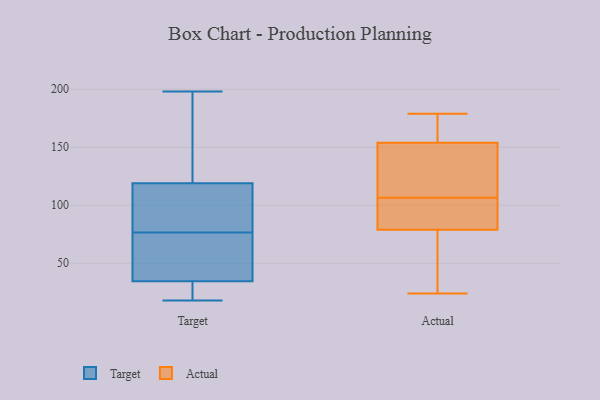
{"axis": {"x": "Operating Costs (USD K)", "y": "Value"}, "legend": ["Actual", "Target"], "data": [{"x": "", "y": 105, "type": "Target"}, {"x": "", "y": 198, "type": "Target"}, {"x": "", "y": 79, "type": "Target"}, {"x": "", "y": 160, "type": "Target"}, {"x": "", "y": 95, "type": "Target"}, {"x": "", "y": 102, "type": "Target"}, {"x": "", "y": 18, "type": "Target"}, {"x": "", "y": 36, "type": "Target"}, {"x": "", "y": 70, "type": "Target"}, {"x": "", "y": 135, "type": "Target"}, {"x": "", "y": 133, "type": "Target"}, {"x": "", "y": 33, "type": "Target"}, {"x": "", "y": 74, "type": "Target"}, {"x": "", "y": 25, "type": "Target"}, {"x": "", "y": 25, "type": "Target"}, {"x": "", "y": 62, "type": "Target"}, {"x": "", "y": 96, "type": "Actual"}, {"x": "", "y": 65, "type": "Actual"}, {"x": "", "y": 80, "type": "Actual"}, {"x": "", "y": 179, "type": "Actual"}, {"x": "", "y": 83, "type": "Actual"}, {"x": "", "y": 117, "type": "Actual"}, {"x": "", "y": 24, "type": "Actual"}, {"x": "", "y": 138, "type": "Actual"}, {"x": "", "y": 176, "type": "Actual"}, {"x": "", "y": 147, "type": "Actual"}, {"x": "", "y": 78, "type": "Actual"}, {"x": "", "y": 161, "type": "Actual"}]}